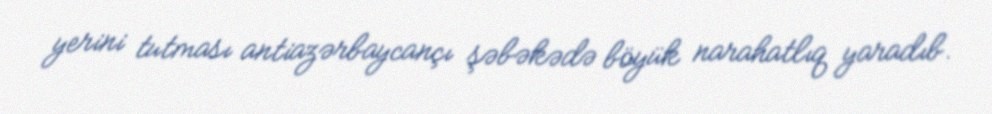
yerini tutması antiazərbaycançı şəbəkədə böyük narahatlıq yaradıb.